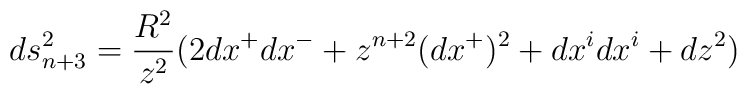
ds^2_{n+3}=\frac{R^2}{z^2}\big(2dx^+dx^- +z^{n+2}(dx^+)^2+dx^idx^i +dz^2\big)